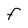
Character: F